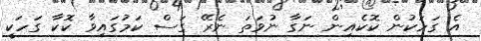
އެ ގަހަކުން ކޮކެއިން ނަގާ ނުވަތަ ނެރޭ ގަސް ކަމުގައިވާ ކޮކާ ގަހަކީ